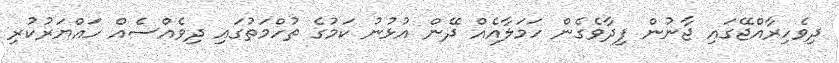
ދިވެހިރާއްޖޭގައި ޖާނުން ފިދާވެގެން ހަމަލާއެއް ދޭން އުޅުނު ކަމުގެ ތުހްމަތުގައި ދިވެއްސެއް ހައްޔަރުކުރި